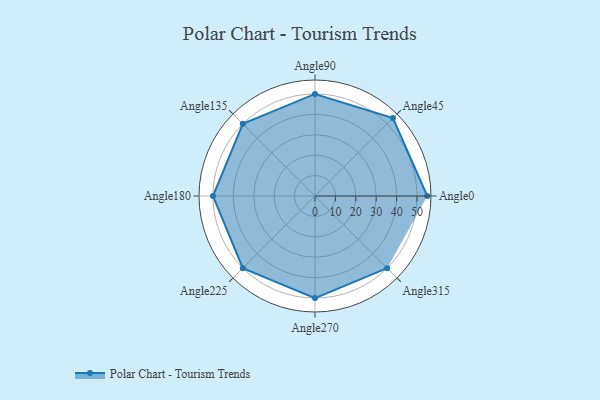
{"axis": {"x": "Angle", "y": "Radius"}, "legend": [""], "data": [{"x": "Angle0", "y": 55.0, "type": ""}, {"x": "Angle45", "y": 54.0, "type": ""}, {"x": "Angle90", "y": 50, "type": ""}, {"x": "Angle135", "y": 50, "type": ""}, {"x": "Angle180", "y": 50, "type": ""}, {"x": "Angle225", "y": 50, "type": ""}, {"x": "Angle270", "y": 50, "type": ""}, {"x": "Angle315", "y": 50, "type": ""}]}